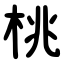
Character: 桃